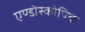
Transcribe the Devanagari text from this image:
एण्डोस्कोपिक